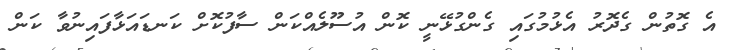
އެ ގޮތުން ގެދޮރު އެޅުމުގައި ގެންގުޅޭނީ ކޮން އުސޫލެއްކަން ސާފުކޮށް ކަނޑައަޅާފައިނުވާ ކަން